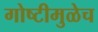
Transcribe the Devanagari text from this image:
गोष्टीमुळेच